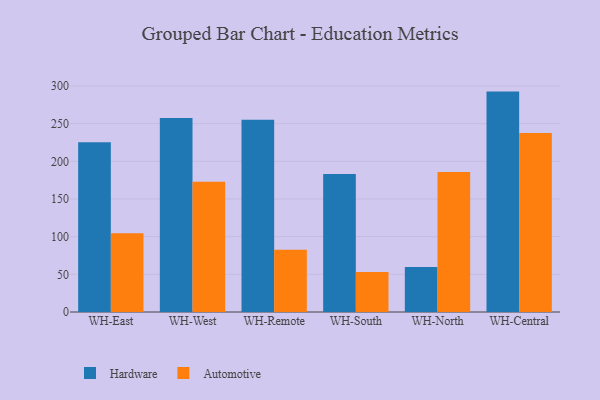
{"axis": {"x": "Warehouse", "y": "Customer Acquisition Cost (USD)"}, "legend": ["Automotive", "Hardware"], "data": [{"x": "WH-East", "y": 225.3, "type": "Hardware"}, {"x": "WH-East", "y": 104.4, "type": "Automotive"}, {"x": "WH-West", "y": 257.6, "type": "Hardware"}, {"x": "WH-West", "y": 173.0, "type": "Automotive"}, {"x": "WH-Remote", "y": 255.2, "type": "Hardware"}, {"x": "WH-Remote", "y": 82.5, "type": "Automotive"}, {"x": "WH-South", "y": 183.3, "type": "Hardware"}, {"x": "WH-South", "y": 53.2, "type": "Automotive"}, {"x": "WH-North", "y": 59.7, "type": "Hardware"}, {"x": "WH-North", "y": 185.8, "type": "Automotive"}, {"x": "WH-Central", "y": 292.5, "type": "Hardware"}, {"x": "WH-Central", "y": 237.7, "type": "Automotive"}]}